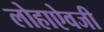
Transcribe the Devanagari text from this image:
लोहाऐवजी